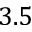
3 . 5